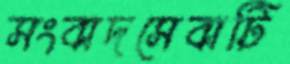
সংবাদসেবাটি